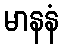
မာနနံ